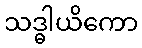
သဒ္ဓါယိကော